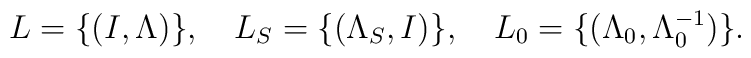
L=\{(I,\Lambda)\},\quad L_S=\{(\Lambda_S,I)\},\quad L_0=\{(\Lambda_{0},\Lambda^{-1}_{0})\}.